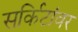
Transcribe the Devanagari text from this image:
सर्किटांवर